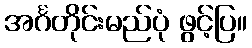
အင်္ဂတိုင်းမည်ပုံ ဖွင့်ပြ။